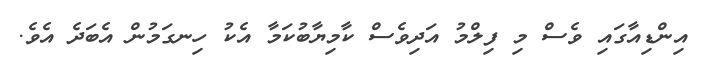
އިންޑިއާގައި ވެސް މި ފިލްމު އަދިވެސް ކާމިޔާބުކަމާ އެކު ހިނގަމުން އެބަދެ އެވެ.